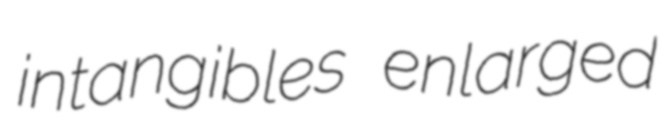
intangibles enlarged